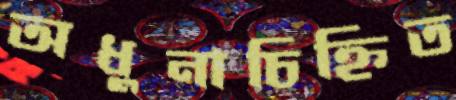
অধুনাচিহ্নিত